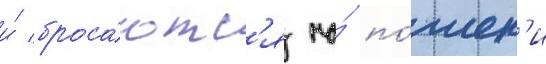
и́ броса́ютс'я на́ по́иск'и